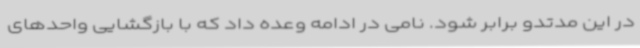
در این مدتدو برابر شود. نامی در ادامه وعده داد که با بازگشایی واحدهای